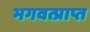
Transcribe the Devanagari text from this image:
भगवत्प्राप्त